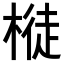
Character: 𣘊